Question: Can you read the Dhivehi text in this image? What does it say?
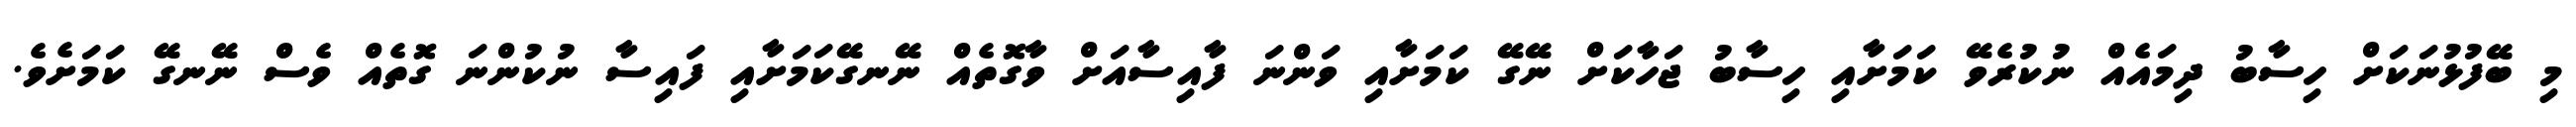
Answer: މި ބޭފުޅުނަކަށް ހިސާބު ދިމައެއް ނުކުރެވޭ ކަމަށާއި ހިސާބު ޖަހާކަށް ނޭގޭ ކަމަށާއި ވަންނަ ފާއިސާއަށް ވާގޮތެއް ނޭނގޭކަމަށާއި ފައިސާ ނުކުންނަ ގޮތެއް ވެސް ނޭނގޭ ކަމަށެވެ.